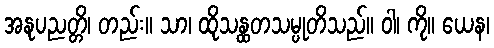
အနုပညတ္တိ၊ တည်း။ သာ၊ ထိုသန္ထတသမ္ပုတိသည်။ ဝါ၊ ကို။ ယေန၊